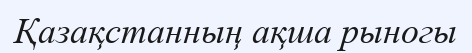
Қазақстанның ақша рыногы